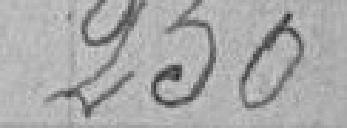
250